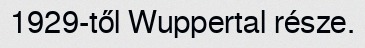
1929-től Wuppertal része.